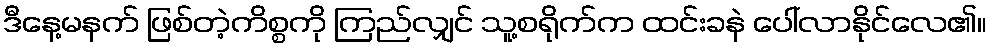
ဒီနေ့မနက် ဖြစ်တဲ့ကိစ္စကို ကြည်လျှင် သူ့စရိုက်က ထင်းခနဲ ပေါ်လာနိုင်လေ၏။